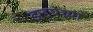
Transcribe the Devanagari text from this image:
झडपेच्या